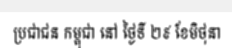
ប្រជាជន កម្ពុជា នៅ ថ្ងៃទី ២៩ ខែមិថុនា